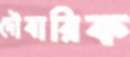
দৌবারিক